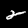
Label: 2